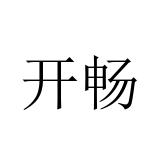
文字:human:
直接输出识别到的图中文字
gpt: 开畅